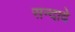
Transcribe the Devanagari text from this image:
सन्दावे